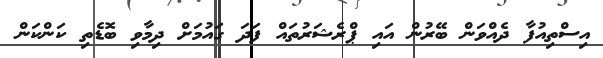
އިސްތިއުފާ ދެއްވަން ބޭރުން އައި ޕްރެޝަރުތައް ފަދަ ގައުމަށް ދިމާވި ބޮޑެތި ކަންކަން